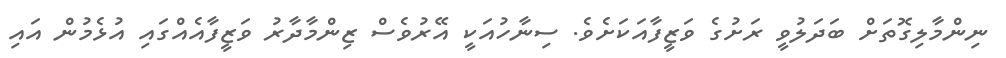
ނިންމާލިގޮތަށް ބަދަލުވީ ރަށުގެ ވަޒީފާއަކަށެވެ. ސިނާހުއަކީ އޭރުވެސް ޒިންމާދާރު ވަޒީފާއެއްގައި އުޅެމުން އައި